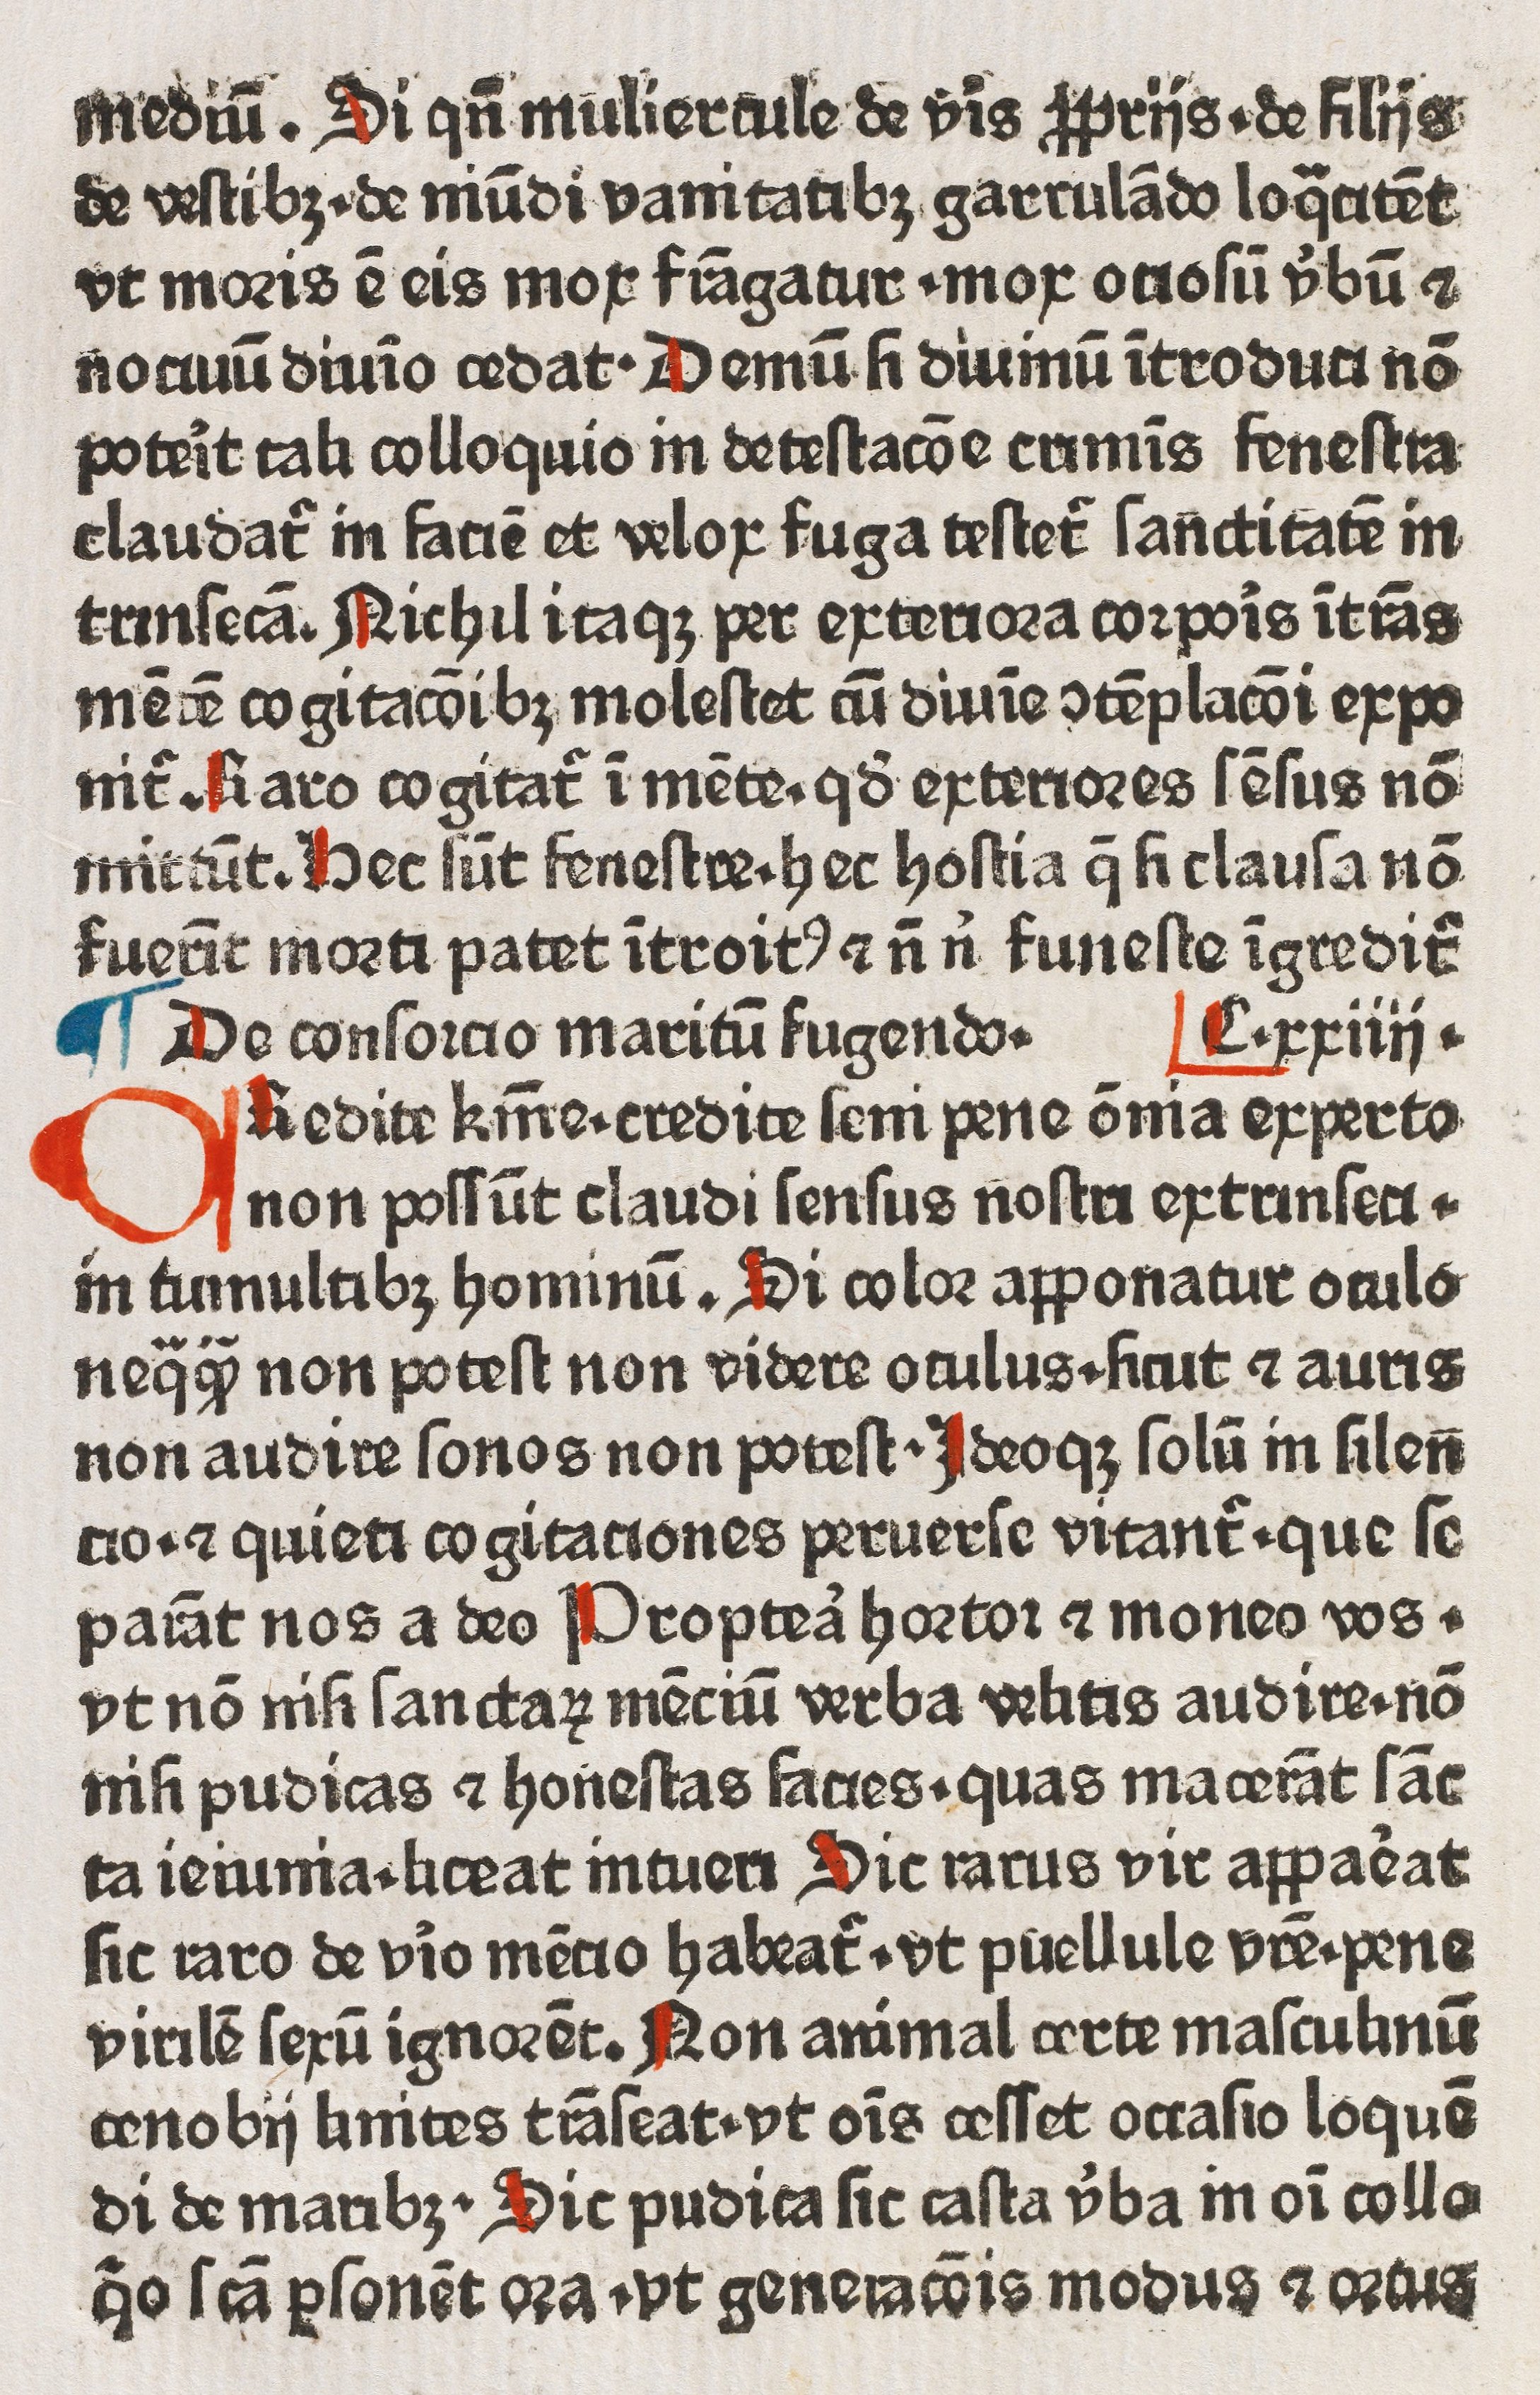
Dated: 1400–1499